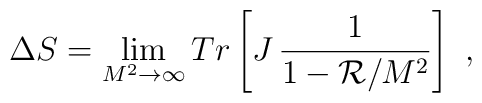
\Delta S=\lim_{M^2\rightarrow \infty}Tr\left[J\,\frac{1}{1-{\cal R}/M^2}\right] \ ,